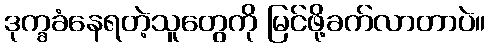
ဒုက္ခခံနေရတဲ့သူတွေကို မြင်ဖို့ခက်လာတာပဲ။